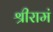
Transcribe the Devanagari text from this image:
श्रीरामं